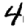
Digit: 4